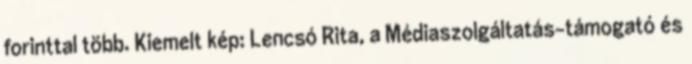
forinttal több. Kiemelt kép: Lencsó Rita, a Médiaszolgáltatás-támogató és